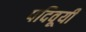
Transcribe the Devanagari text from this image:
पदिवूयी